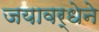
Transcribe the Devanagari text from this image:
जयावर्धेने